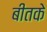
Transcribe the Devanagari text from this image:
बीतके